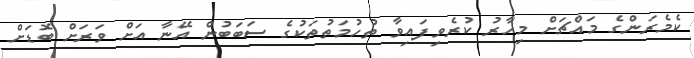
ކެމެރަންގެ މައްޗަށް މިހާރު ކުރެވިފައިވާ ތުހުމަތުތަކުގެ ސަބަބުން އޭނާ އަށް ވަރަށް ބޮޑަށް